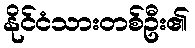
နိုင်ငံသားတစ်ဦး၏